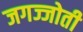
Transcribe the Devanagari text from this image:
जगज्जोती